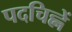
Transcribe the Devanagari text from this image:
पदचिह्नें